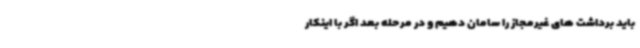
باید برداشت های غیرمجاز را سامان دهیم و در مرحله بعد اگر با اینکار